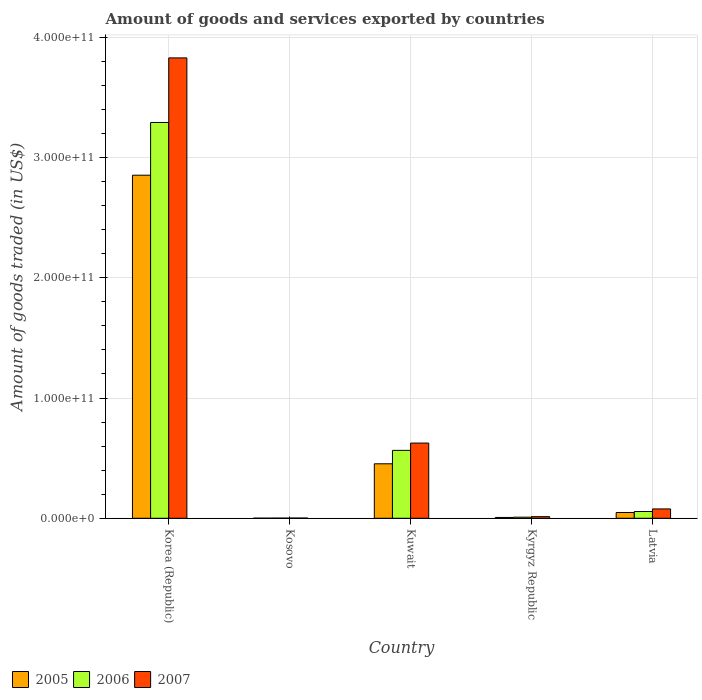
| Country | 2005 | 2006 | 2007 |
 | --- | --- | --- | --- |
 | Korea (Republic) | 2.85e+11 | 3.29e+11 | 3.83e+11 |
 | Kosovo | 7.96e+07 | 1.24e+08 | 1.82e+08 |
 | Kuwait | 4.53e+10 | 5.65e+10 | 6.25e+10 |
 | Kyrgyz Republic | 6.87e+08 | 9.06e+08 | 1.34e+09 |
 | Latvia | 4.8e+09 | 5.62e+09 | 7.76e+09 |